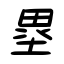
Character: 塁